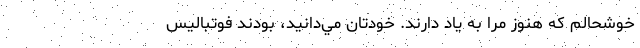
خوشحالم كه هنوز مرا به ياد دارند. خودتان مي‌دانيد، بودند فوتباليس